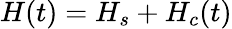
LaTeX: H(t)=H_{s}+H_{c}(t)